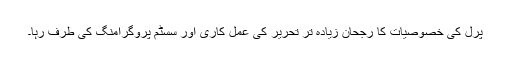
پرل کی خصوصیات کا رجحان زیادہ تر تحریر کی عمل کاری اور سسٹم پروگرامنگ کی طرف رہا۔